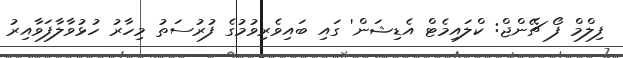
ފިިލްމް ފޯ ޗޭންޖް: ކްލައިމެޓް އެޑިޝަން' ގައި ބައިވެރިވުމުގެ ފުރުސަތު މިހާރު ހުޅުވާލާފަވާއިރު